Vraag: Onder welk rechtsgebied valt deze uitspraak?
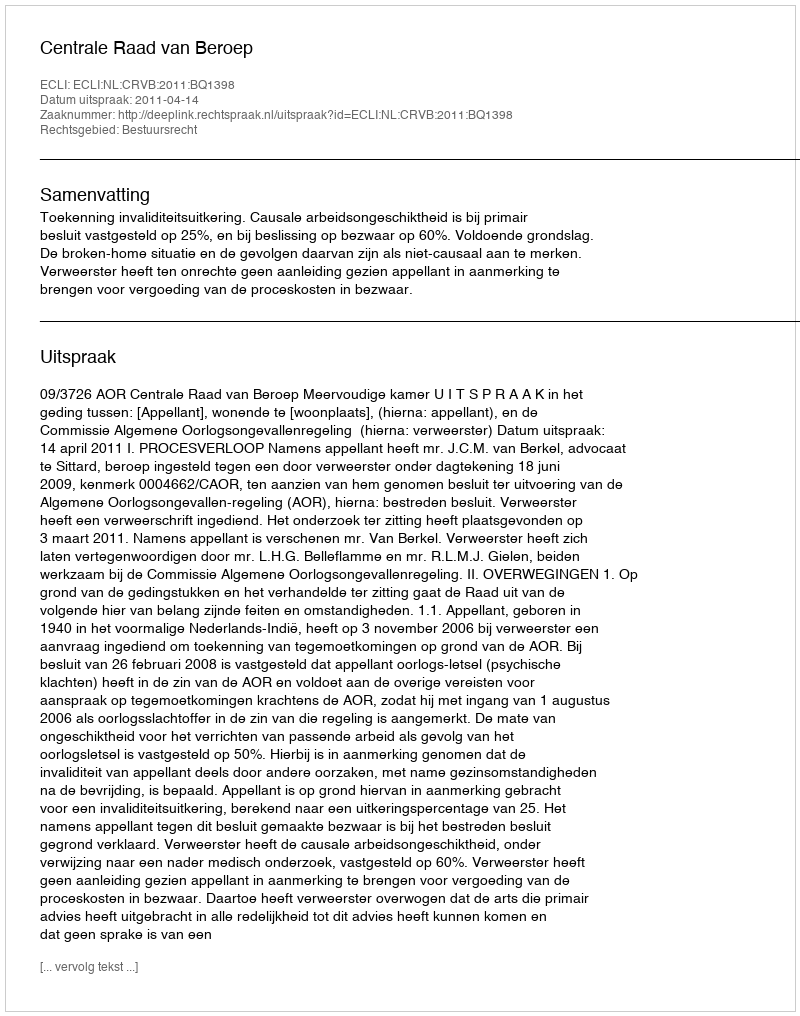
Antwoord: Bestuursrecht